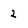
Character: 2